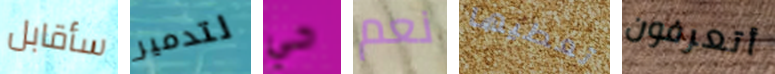
سأقابل لتدمير حي نعم تعطيها أتعرفون